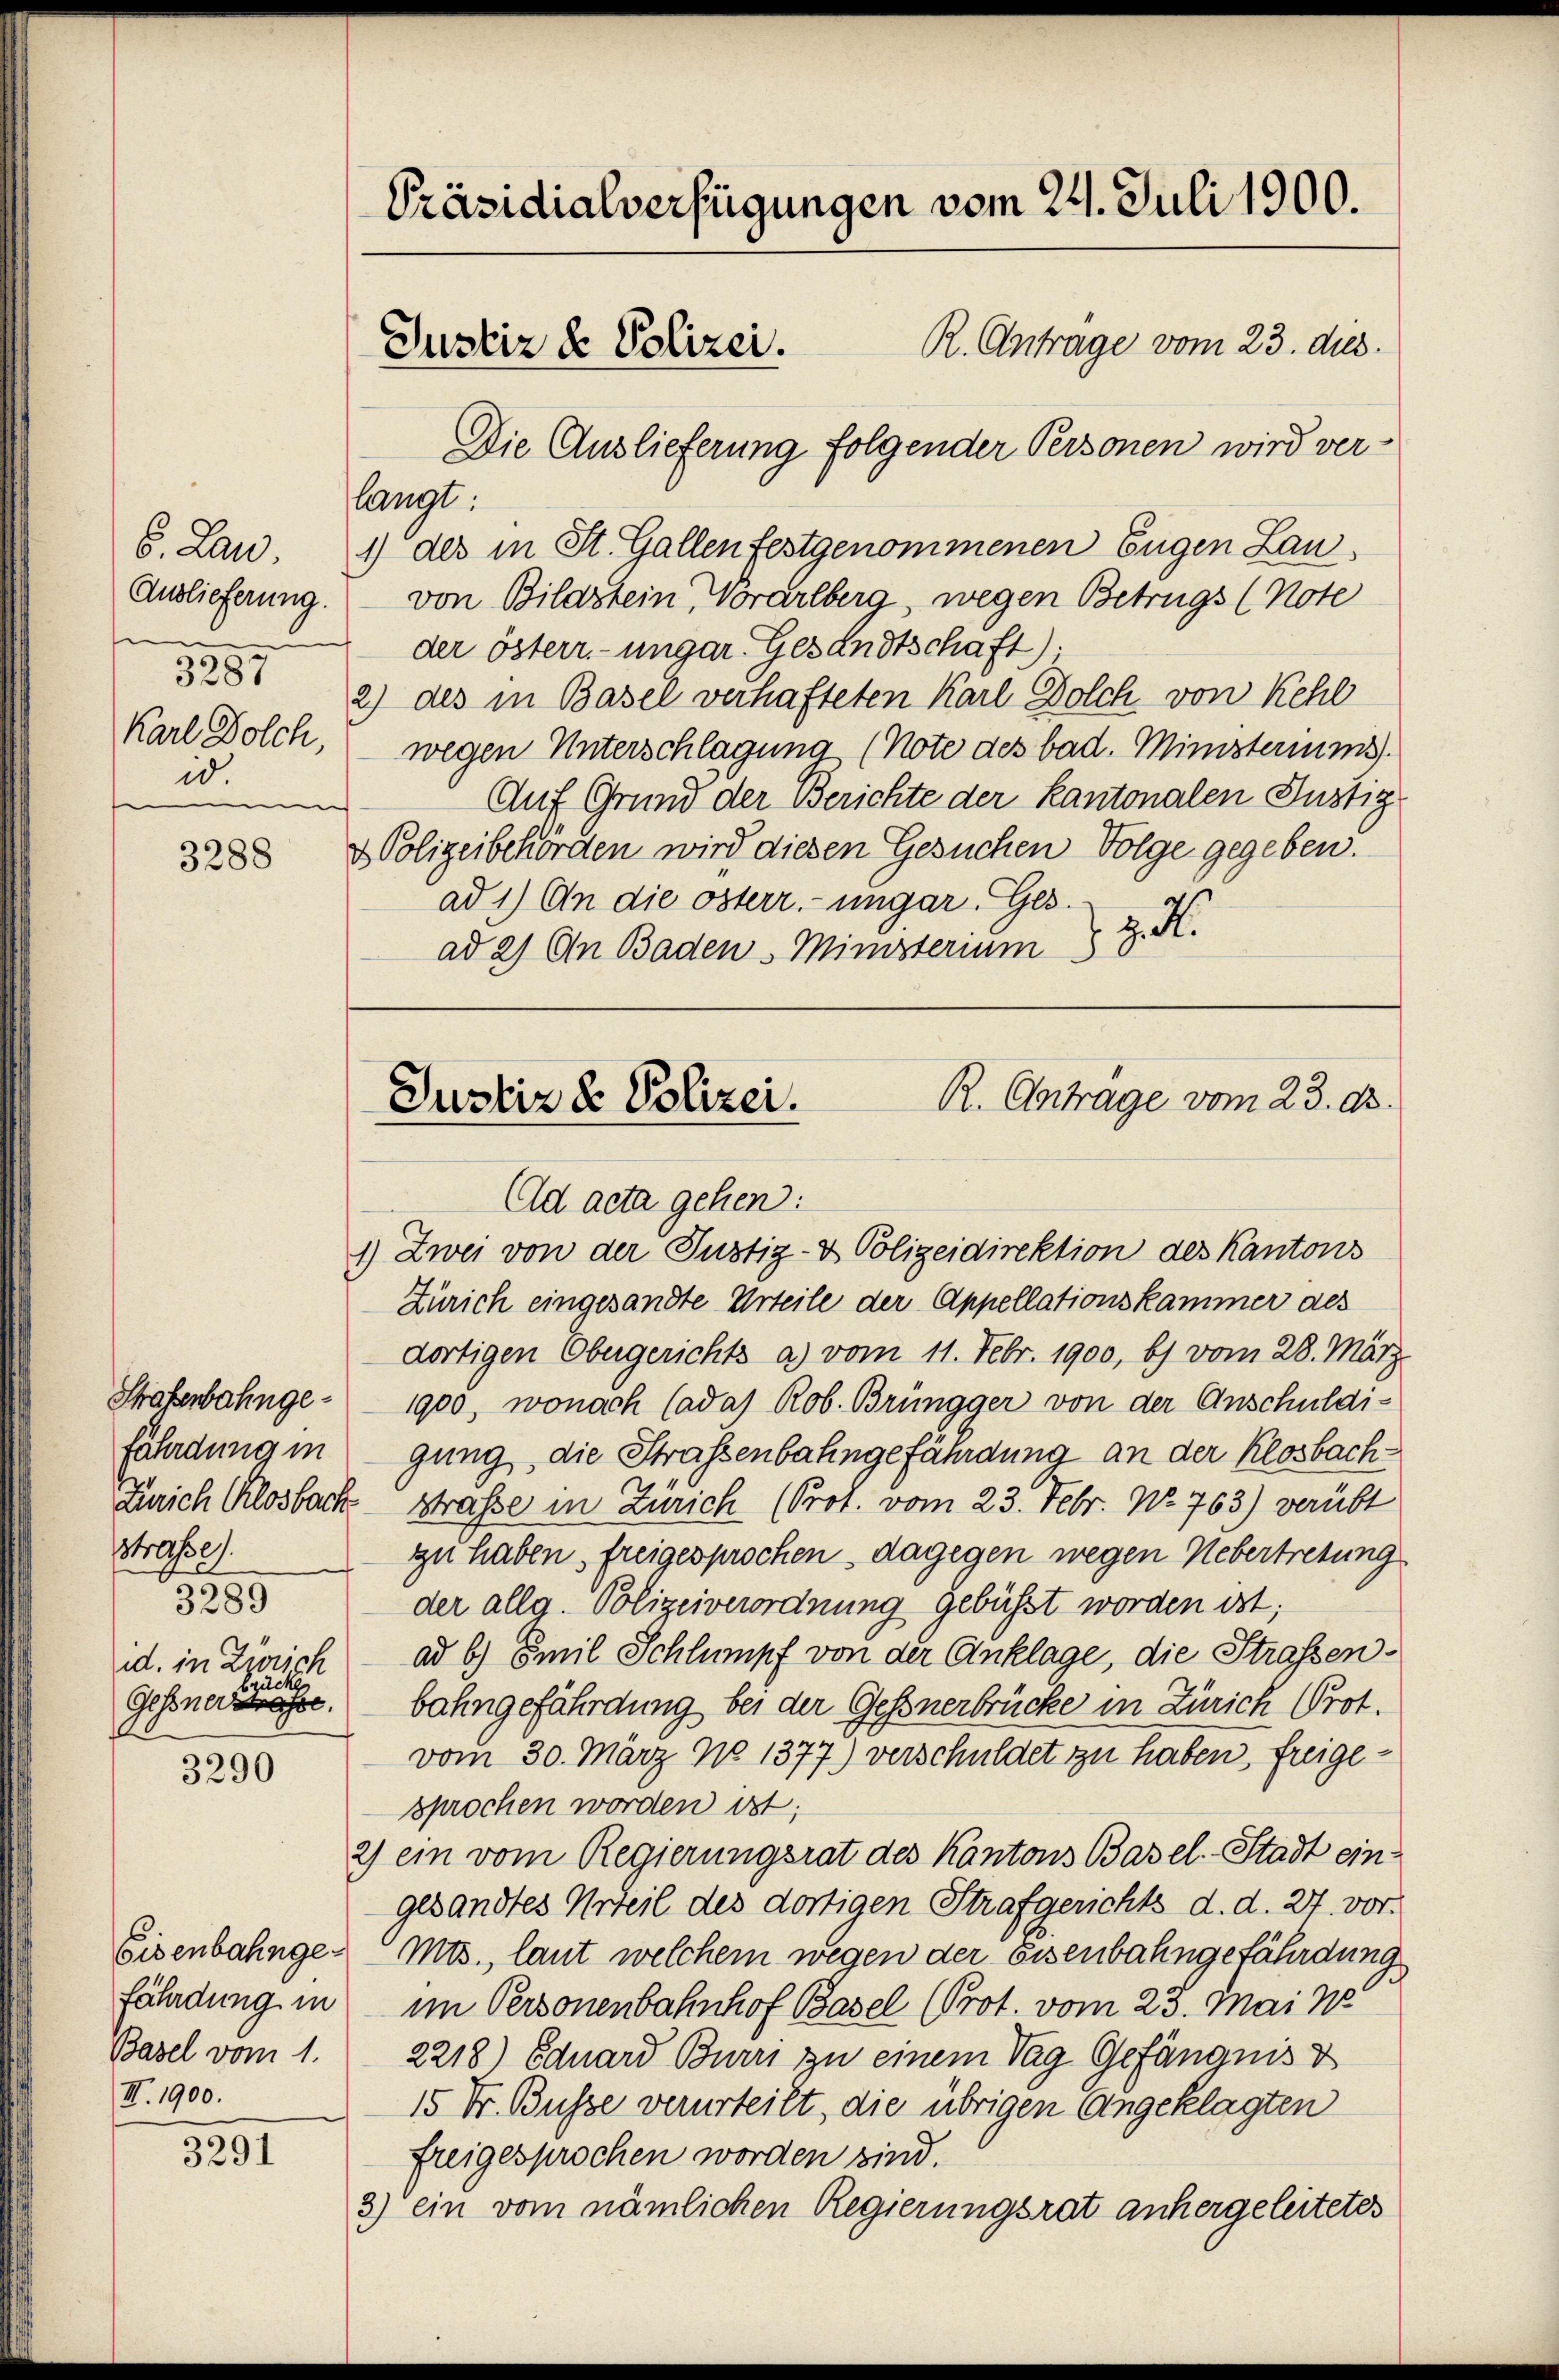
6. Lan
Auslieferung.
u
3287
Karl Dolch,
i.
n

3288

Strafenbahngefährdung in
180/27.
3289
id. in Zürich
brucke
Gessnersmasse.

3290

Eisenbahngefährdung in
Basel vom 1.
III. 1900.

3291

Präsidialverfügungen vom 24. Juli 1900.
R. Anträge vom 23. dies
Justiz & Polizei.

langt:
1) des in St. Gallen festgenommenen Eugen Lauvon Bildstein, Vorarlberg, wegen Betrugs (Note
der österr. ungar. Gesandtschaft).
2) des in Basel verhafteten Karl Dolch von Kehl
wegen Unterschlagung (Note des bad. Ministeriums).
Auf Grund der Berichte der Kantonalen Justiz
& Polizeibehörden wird diesen Gesuchen Folge gegeben.
ad 1.) An die österr. ungar. Ges.
z. d
ad 2) An Baden Ministerium

Die Auslieferung folgender Personen wird ver¬

R. Antrage vom 23. d.
Justiz & Polizei.
Ad acta gehen:
1) Zwei von der Justiz- & Polizeidirektion des Kantons

Zürich eingesandte Urteile der Appellationskammer des
dortigen Obergerichts a) vom 11. Febr. 1900, b) vom 28. März
1900, wonach Cadas Rob. Brüngger von der Anschuldigung, die Strassenbahngefährdung an der Klosbach¬
Zürich Closbach strasse in Zürich (Prot. vom 23. Febr. No. 763) verübt
zu haben, freigesprochen dagegen wegen Uebertretung
der allg. Polizeiverordnung gebüsst worden ist;
ad b.) Emil Schlumpf von der Anklage, die Strassenbahngefährdung bei der Geßnerbrücke in Zürich (Prot.
vom 30. März No 1377) verschuldet zu haben, freigesprochen worden ist;
2) ein vom Regierungsrat des Kantons Basel. Stadt ein-
gesandtes Urteil des dortigen Strafgerichts d. d. 27. vor.
Mts., laut welchem wegen der Eisenbahngefährdung
im Personenbahnhof Basel (Prot. vom 23. Mai 18
2218) Eduard Burri zu einem Tag Gefängnis d
15 Fr. Busse verurteilt, die übrigen Angeklagten
freigesprochen worden sind.
3) ein vom nämlichen Regierungsrat anhergeleitetes